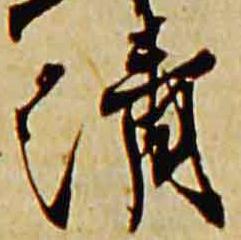
清